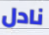
نادل